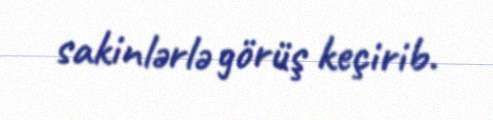
sakinlərlə görüş keçirib.